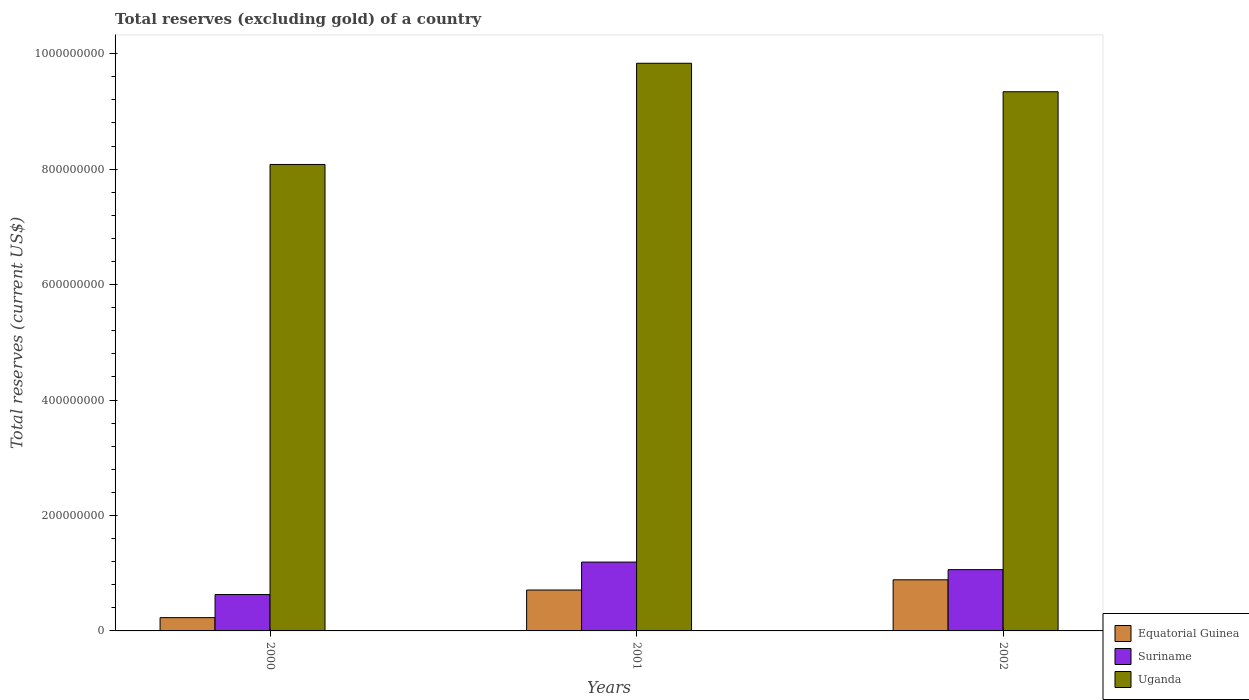
| Years | Equatorial Guinea | Suriname | Uganda |
 | --- | --- | --- | --- |
 | 2000 | 2.3e+07 | 6.3e+07 | 8.08e+08 |
 | 2001 | 7.09e+07 | 1.19e+08 | 9.83e+08 |
 | 2002 | 8.85e+07 | 1.06e+08 | 9.34e+08 |